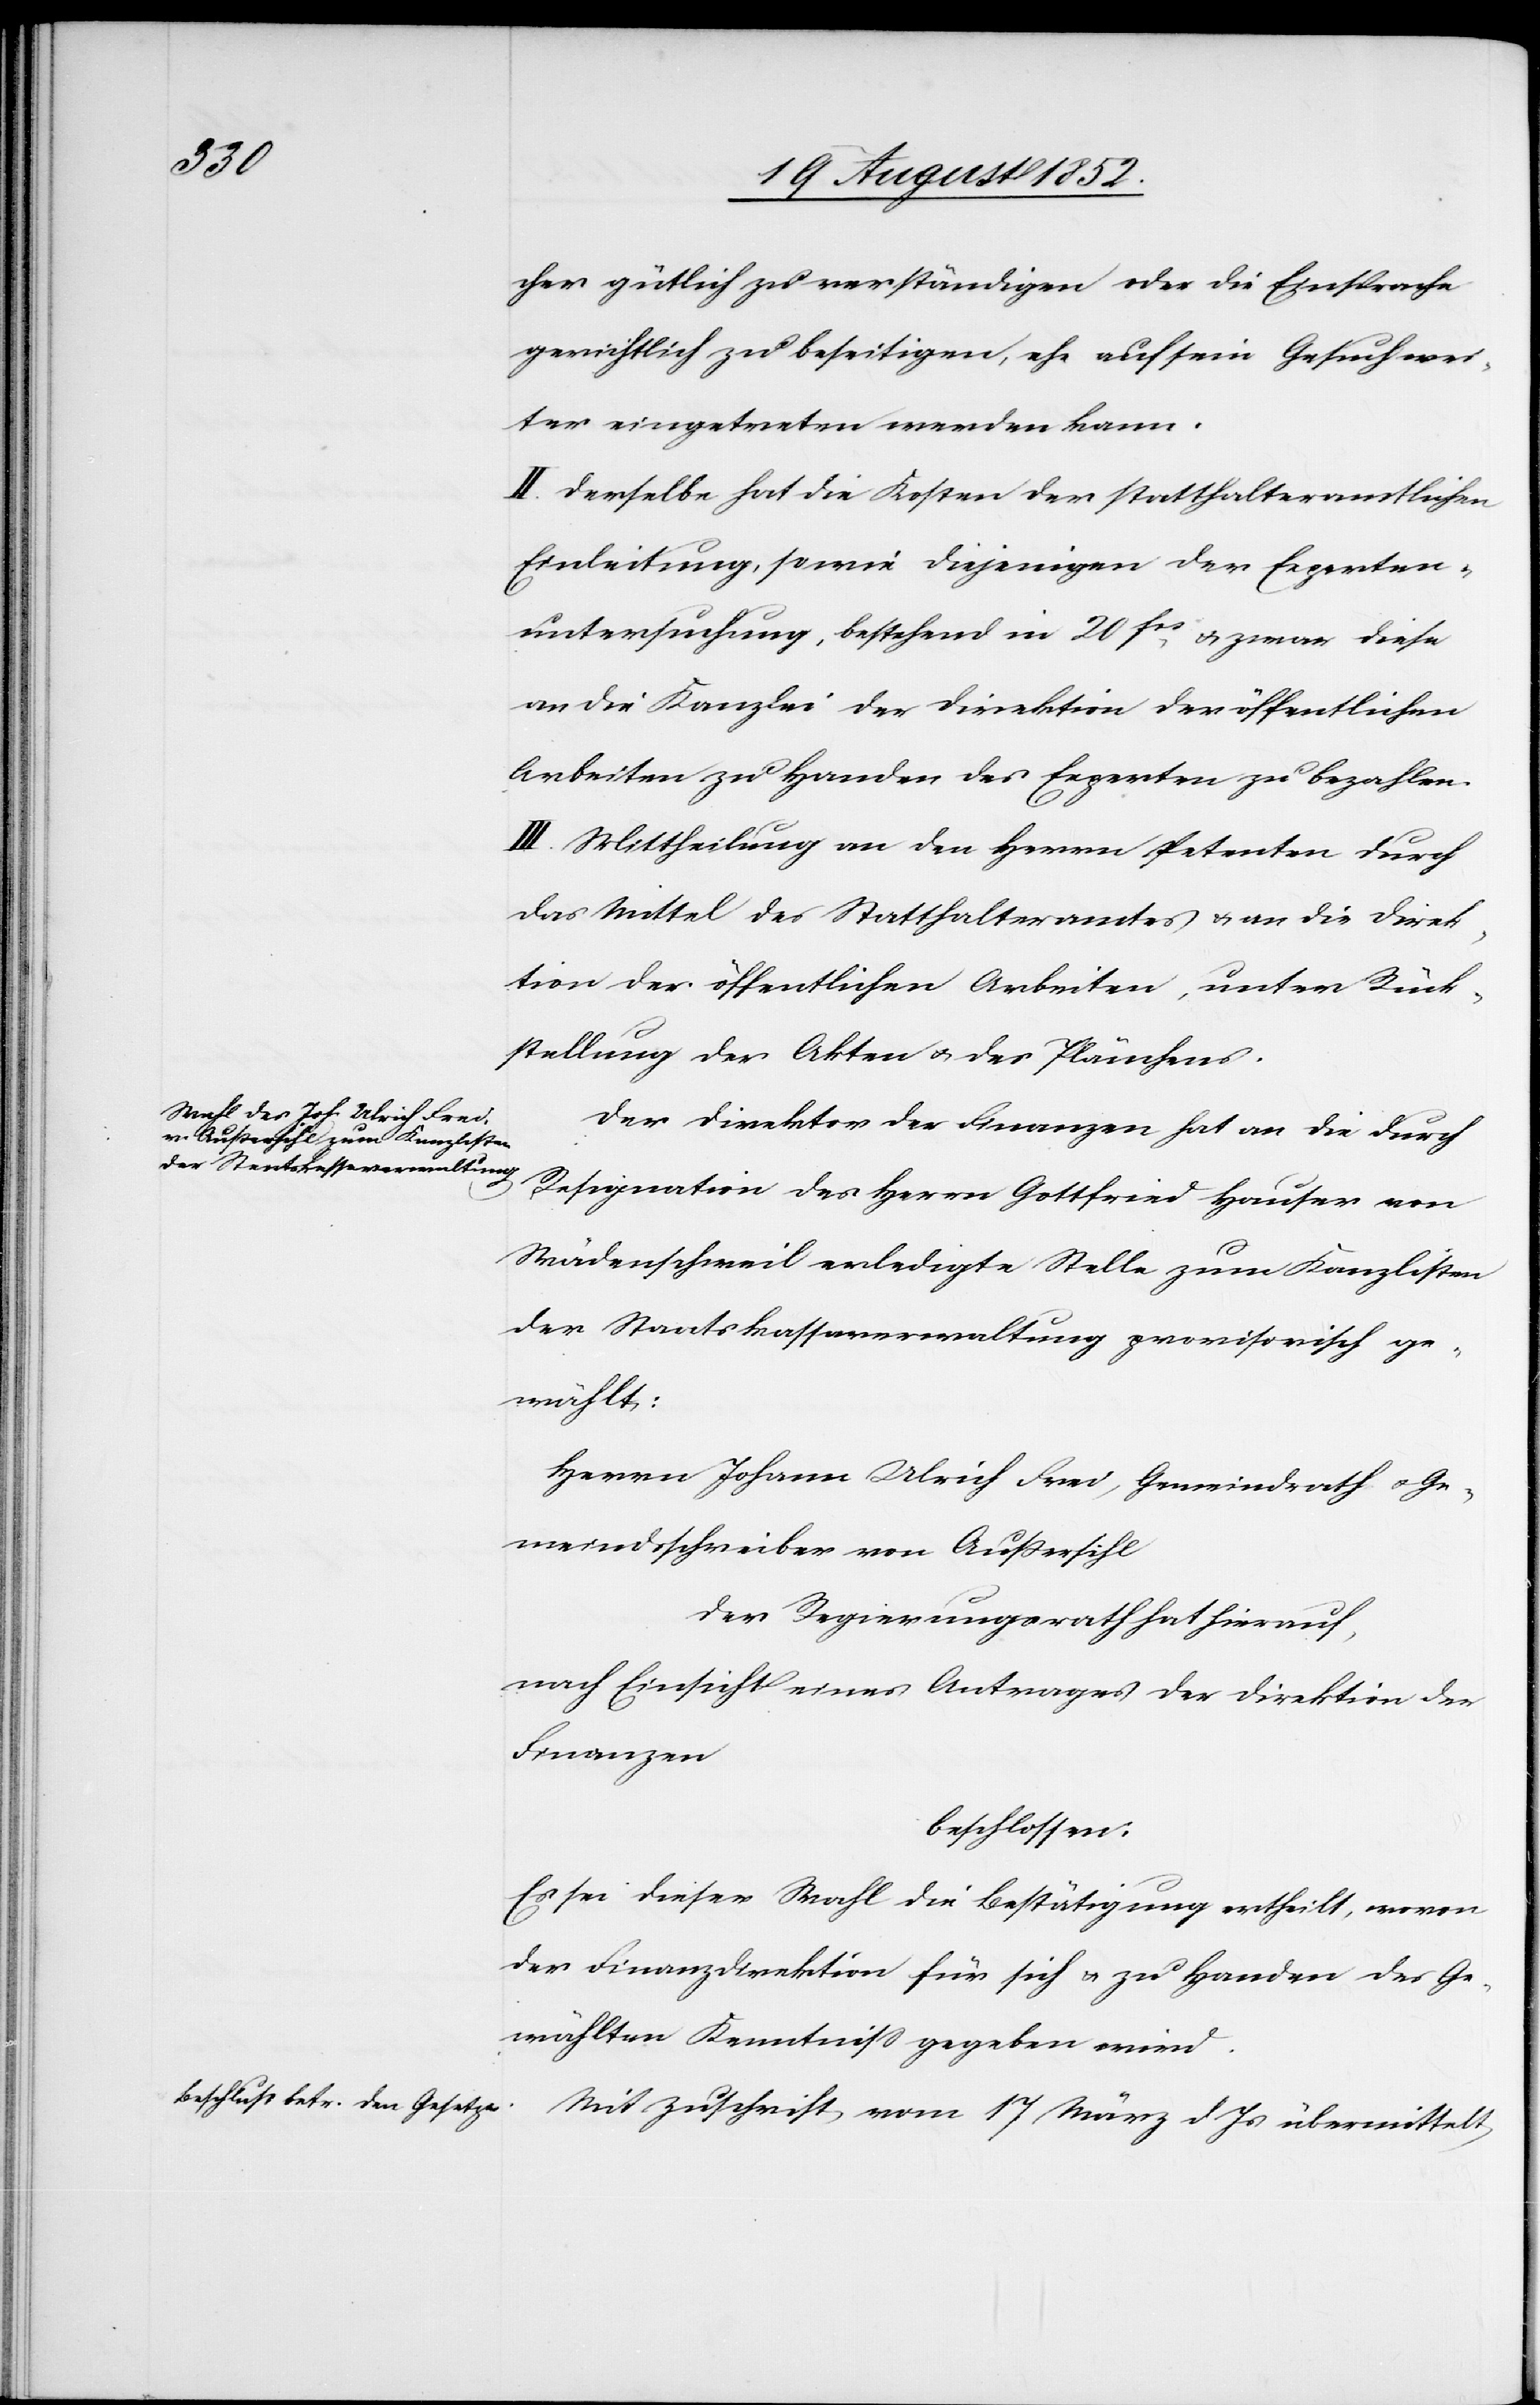
cher gütlich zu verständigen oder die Einsprache
gerichtlich zu beseitigen, ehe auf sein Gesuch wei¬
ter eingetreten werden kann.
II. Derselbe hat die Kosten der statthalteramtlichen
Einleitung, sowie diejenigen der Experten¬
untersuchung, bestehend in 20 fcs. & zwar diese
an die Kanzlei der Direktion der öffentlichen
Arbeiten zu Handen des Experten zu bezahlen.
III. Mittheilung an den Herrn Petenten durch
das Mittel des Statthalteramtes & an die Direk¬
tion der öffentlichen Arbeiten, unter Rück¬
stellung der Akten & des Plänchens.
Der Direktor der Finanzen hat an die durch
Resignation des Herrn Gottfried Hauser von
Wädenschweil erledigte Stelle zum Kanzlisten
der Staatskassaverwaltung provisorisch ge¬
wählt:
Herrn Johann Ulrich Frei, Gemeindrath & Ge¬
meindsschreiber von Außersihl
Der Regierungsrath hat hierauf,
nach Einsicht eines Antrages der Direktion der
Finanzen
beschlossen:
Es sei dieser Wahl die Bestätigung ertheilt, wovon
der Finanzdirektion für sich & zu Handen des Ge¬
wählten Kenntniss gegeben wird.
Mit Zuschrift vom 17 März d Js übermittelt